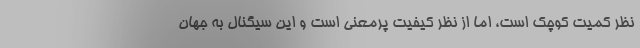
نظر کمیت کوچک است، اما از نظر کیفیت پرمعنی است و این سیگنال به جهان